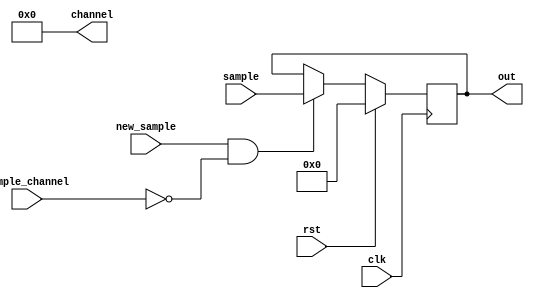
module analog_input(
    input clk,
    input rst,
    output [3:0] channel,
    input new_sample,
    input [9:0] sample,
    input [3:0] sample_channel,
    output [9:0] out
);
assign channel = 4'd0; 
reg [9:0] sample_d, sample_q;
assign out = sample_q;
always @(*) begin
    sample_d = sample_q;
    if (new_sample && sample_channel == 4'd0) 
        sample_d = sample;
end
always @(posedge clk) begin
    if (rst) begin
        sample_q <= 10'd0;
    end else begin
        sample_q <= sample_d;
    end
end
endmodule